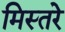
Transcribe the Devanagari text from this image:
मिस्तरे